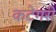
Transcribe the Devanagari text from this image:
कटेगरी